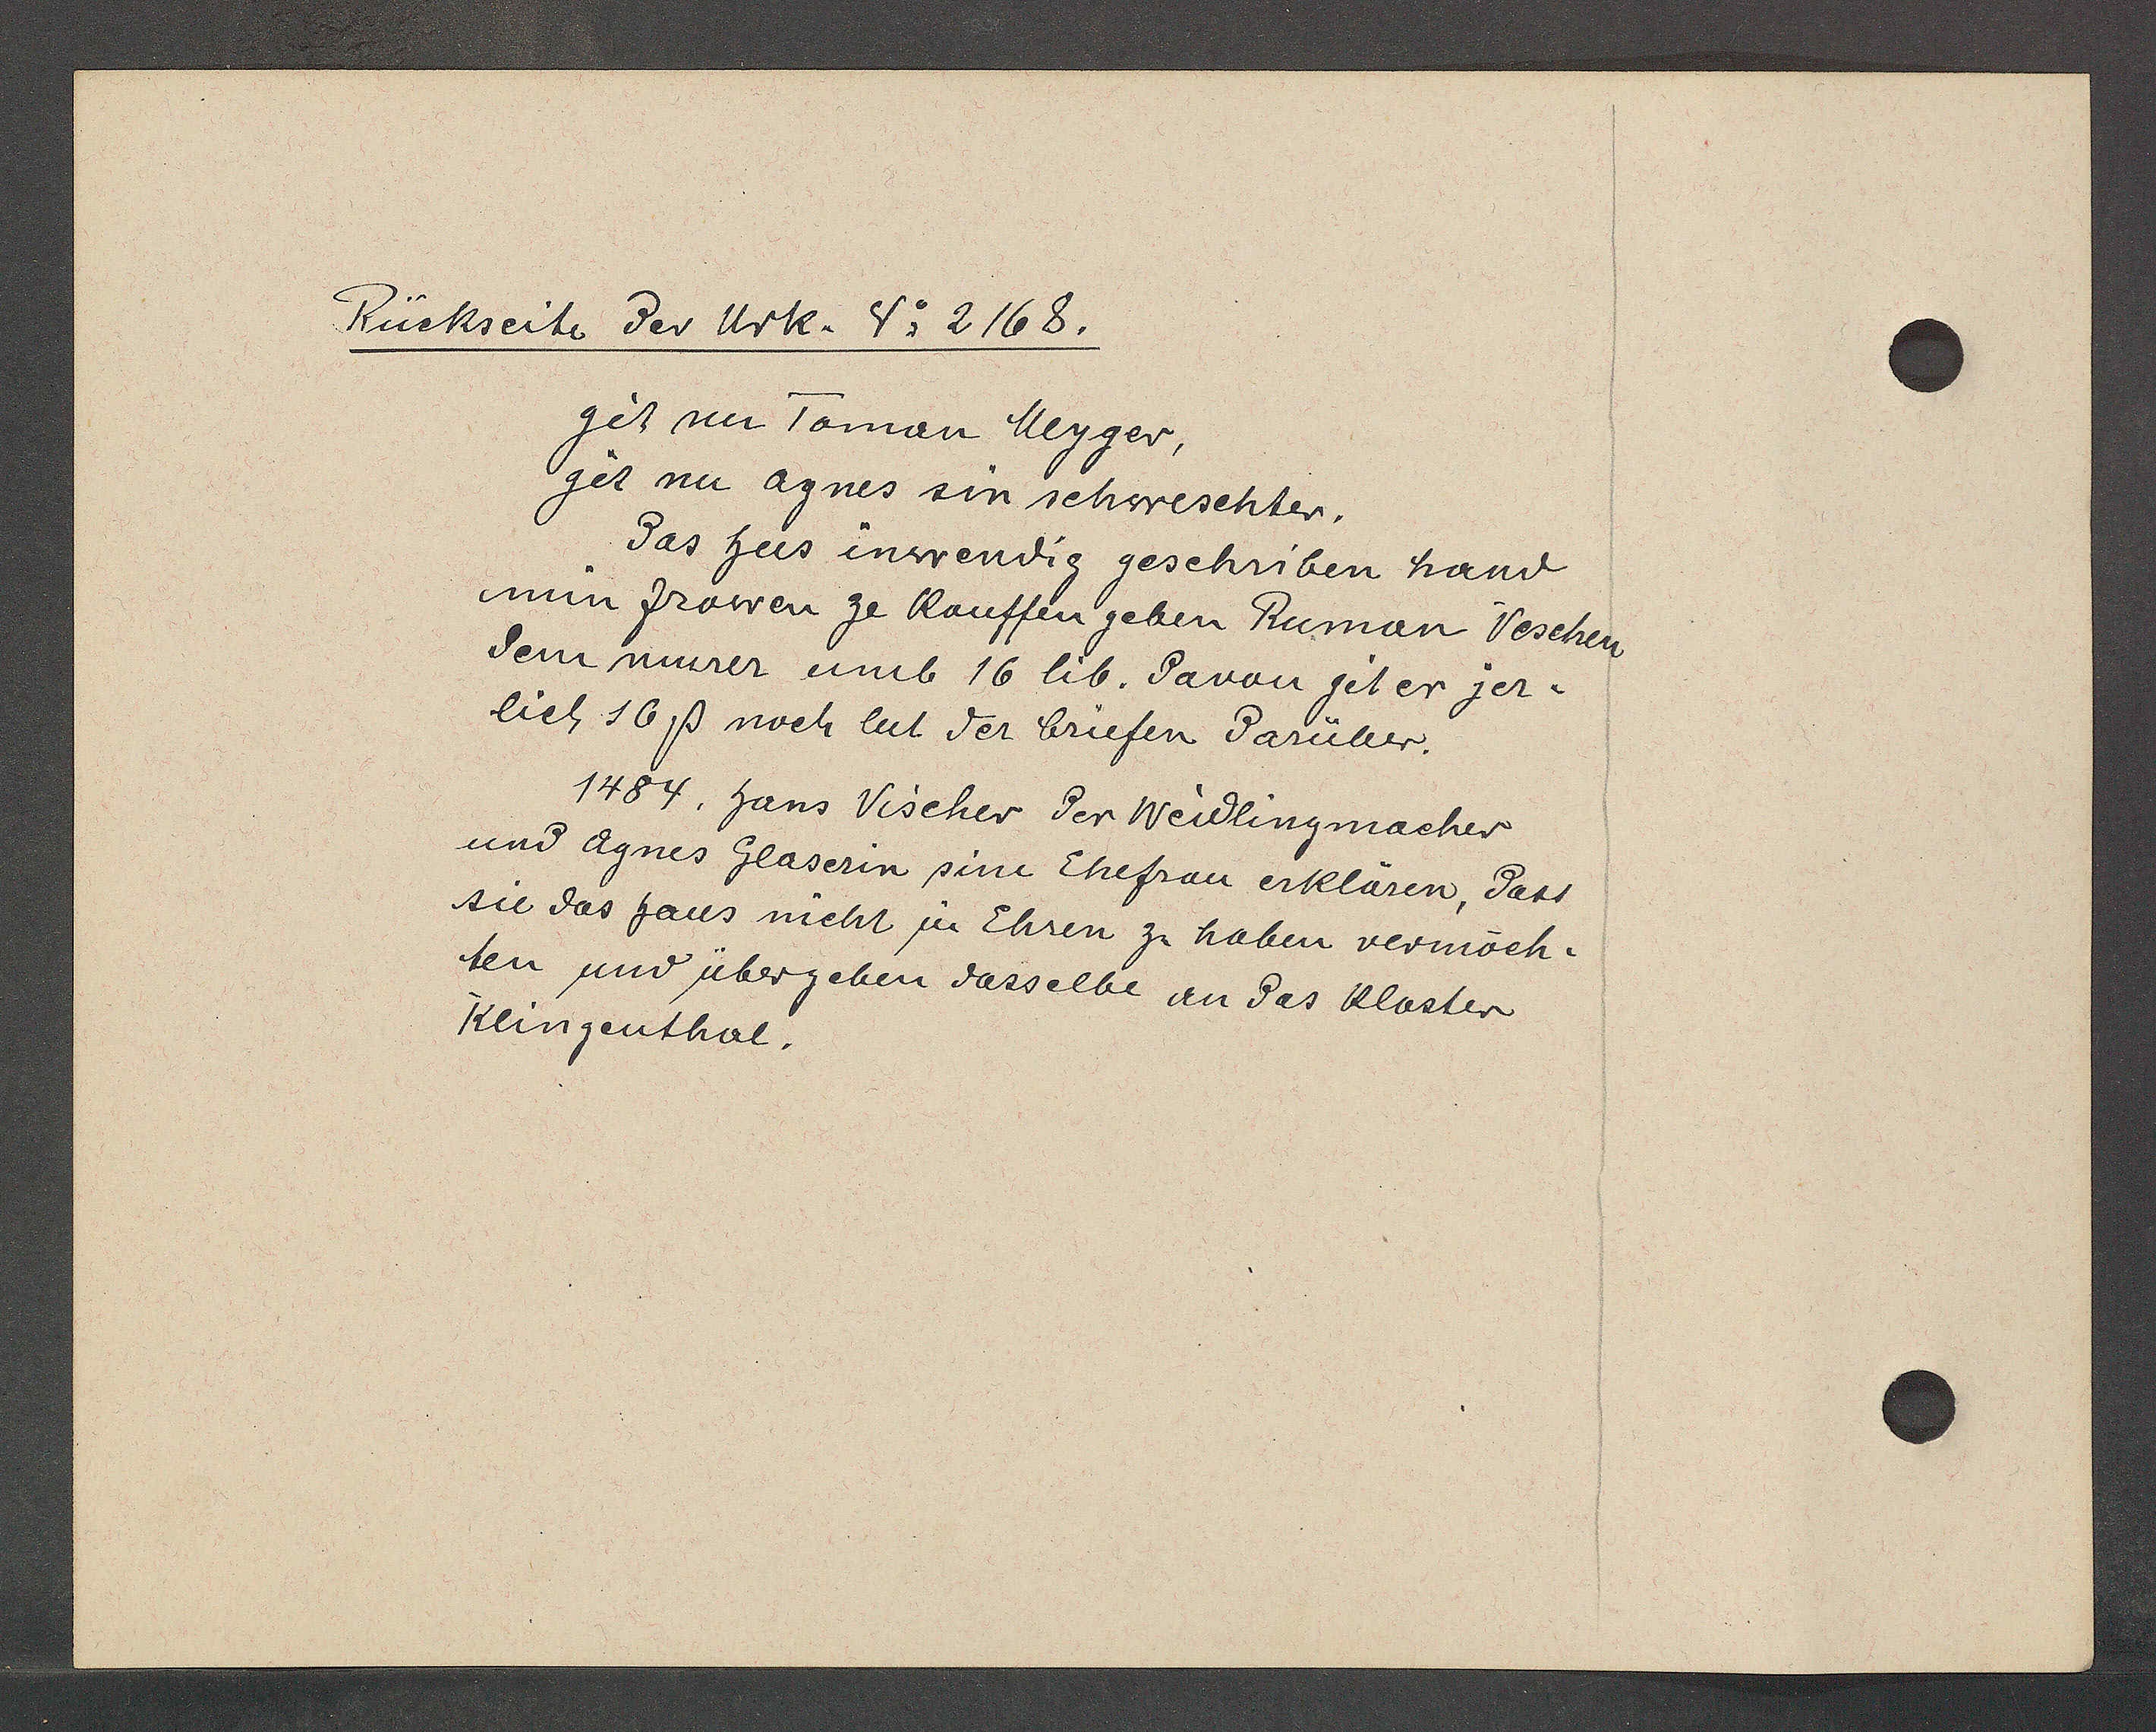
Transcript:
Rückseite der Urk. V; 2168.

get nu Toman Meyger,
get nu Agnes sin schweschter,
das hus inwendig geschriben hand
nin frowen ze kauffen geben Ruman Veschen
dem murer umb 16 lib. davon git er jer¬
lieh 16ß noch lut der briefen darüber.
1484. hans Vischer der Weidlingmacher
und Agnes Glaserin sine Ehefrau erklaren dass
sie das haus nicht ju Ehren zu haben vermöch¬
ten und übergeben dasselbe an das kloster
Klingenthal.